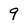
Character: q